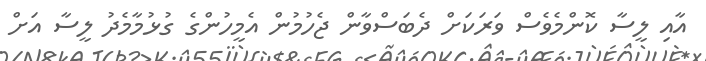
އާއި ލީސާ ކޮންމެވެސް ވަރަކަށް ދެބަސްވާން ޖެހުމުން އެމީހުންގެ ގުޅުމާމެދު ލީސާ އަށް